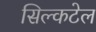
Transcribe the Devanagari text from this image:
सिल्कटेल